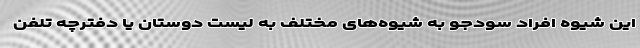
این شیوه افراد سودجو به شیوه‌های مختلف به لیست دوستان یا دفترچه تلفن